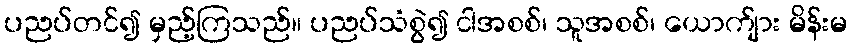
ပညပ်တင်၍ မှည့်ကြသည်။ ပညပ်သံစွဲ၍ ငါအစစ်၊ သူအစစ်၊ ယောက်ျား မိန်းမ